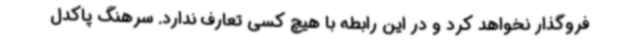
فروگذار نخواهد کرد و در این رابطه با هیچ کسی تعارف ندارد. سرهنگ پاکدل